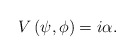
\begin{align*}V\left( \psi ,\phi \right) =i\alpha . \end{align*}